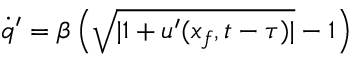
\dot { q } ^ { \prime } = \beta \left( \sqrt { | 1 + u ^ { \prime } ( x _ { f } , t - \tau ) | } - 1 \right)